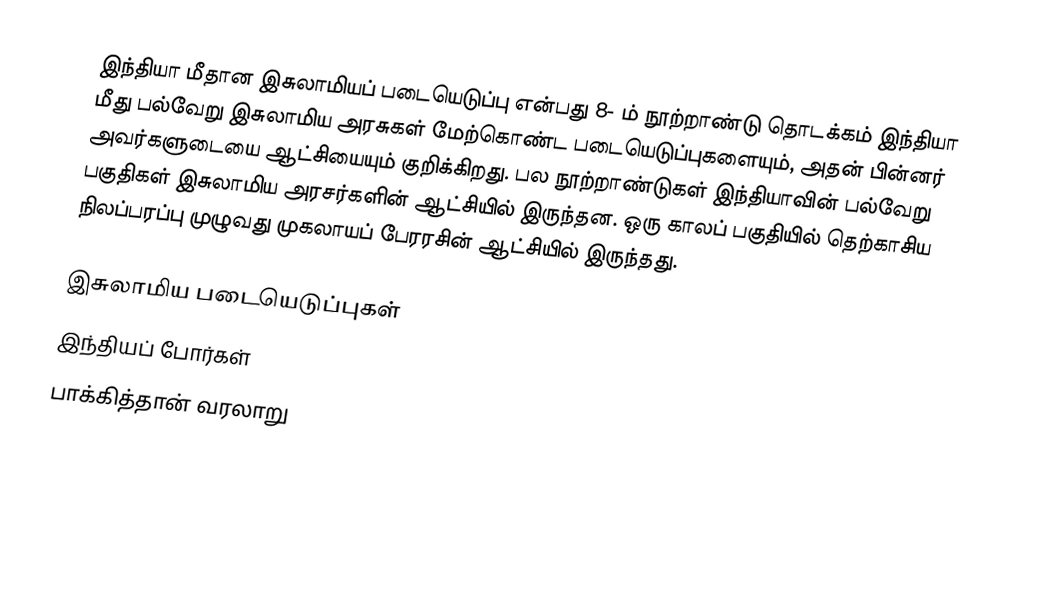
இந்தியா மீதான இசுலாமியப் படையெடுப்பு என்பது 8- ம் நூற்றாண்டு தொடக்கம் இந்தியா மீது பல்வேறு இசுலாமிய அரசுகள் மேற்கொண்ட படையெடுப்புகளையும், அதன் பின்னர் அவர்களுடையை ஆட்சியையும் குறிக்கிறது. பல நூற்றாண்டுகள் இந்தியாவின் பல்வேறு பகுதிகள் இசுலாமிய அரசர்களின் ஆட்சியில் இருந்தன. ஒரு காலப் பகுதியில் தெற்காசிய நிலப்பரப்பு முழுவது முகலாயப் பேரரசின் ஆட்சியில் இருந்தது.

இசுலாமிய படையெடுப்புகள்
இந்தியப் போர்கள்
பாக்கித்தான் வரலாறு